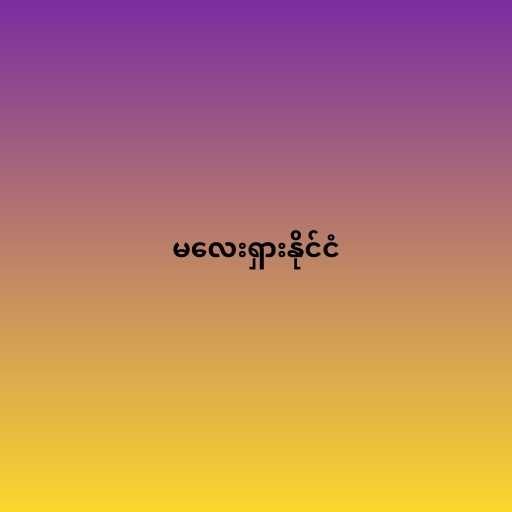
မလေးရှားနိုင်ငံ